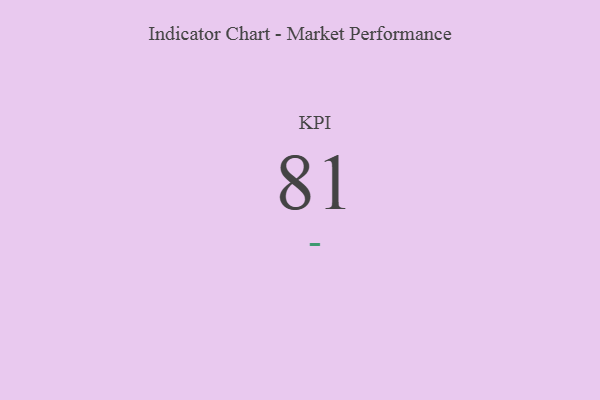
{"axis": {"x": "KPI", "y": "Value"}, "legend": [""], "data": [{"x": "KPI", "y": 81, "type": ""}]}